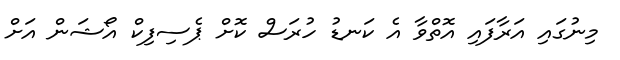
މިނުގައި އަރާފައި އޮތްވާ އެ ކަނޑު ހުރަސް ކޮށް ޕެސިފިކް އޯޝަން އަށް